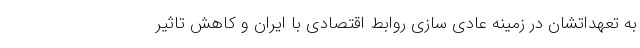
به تعهداتشان در زمینه عادی سازی روابط اقتصادی با ایران و کاهش تاثیر